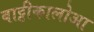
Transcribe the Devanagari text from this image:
बाट्टीकालोआ